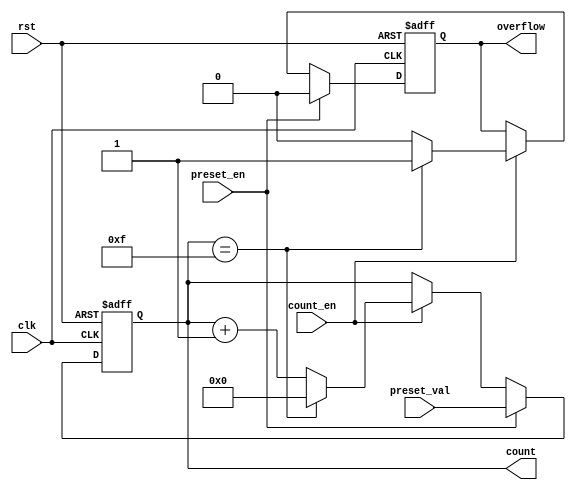
module presettable_counter (
    input wire clk,               // Clock input
    input wire rst,               // Asynchronous reset
    input wire preset_en,         // Preset enable signal
    input wire [3:0] preset_val,  // Preset value (4-bit)
    input wire count_en,          // Count enable signal
    output reg [3:0] count,       // Current counter value (4-bit)
    output reg overflow           // Overflow signal
);

    // Parameter for maximum counter value based on width (4-bit max value is 15)
    parameter MAX_COUNT = 4'b1111;

    always @(posedge clk or posedge rst) begin
        if (rst) begin
            count <= 4'b0000;       // Reset counter to 0
            overflow <= 1'b0;       // Clear overflow on reset
        end else if (preset_en) begin
            count <= preset_val;     // Load preset value
            overflow <= 1'b0;        // Clear overflow on preset
        end else if (count_en) begin
            if (count == MAX_COUNT) begin
                count <= 4'b0000;    // Wrap around to 0 on overflow
                overflow <= 1'b1;     // Set overflow signal
            end else begin
                count <= count + 1;   // Increment counter
                overflow <= 1'b0;      // Clear overflow
            end
        end
    end

endmodule